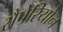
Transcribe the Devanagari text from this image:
सैपेरियोन